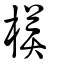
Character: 橂